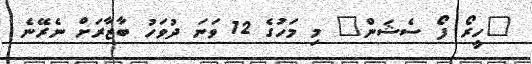
"ހީރޯ ފޯ ސެޝަން" މި މަހުގެ 12 ވަނަ ދުވަހު ބާޒާރަށް ނެރޭނެ